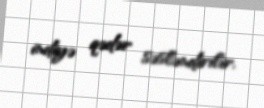
indiyə qədər səsləndirilir.